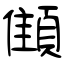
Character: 顀